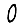
Digit: 0